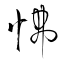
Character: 怫